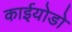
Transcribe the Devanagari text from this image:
काईयोडो